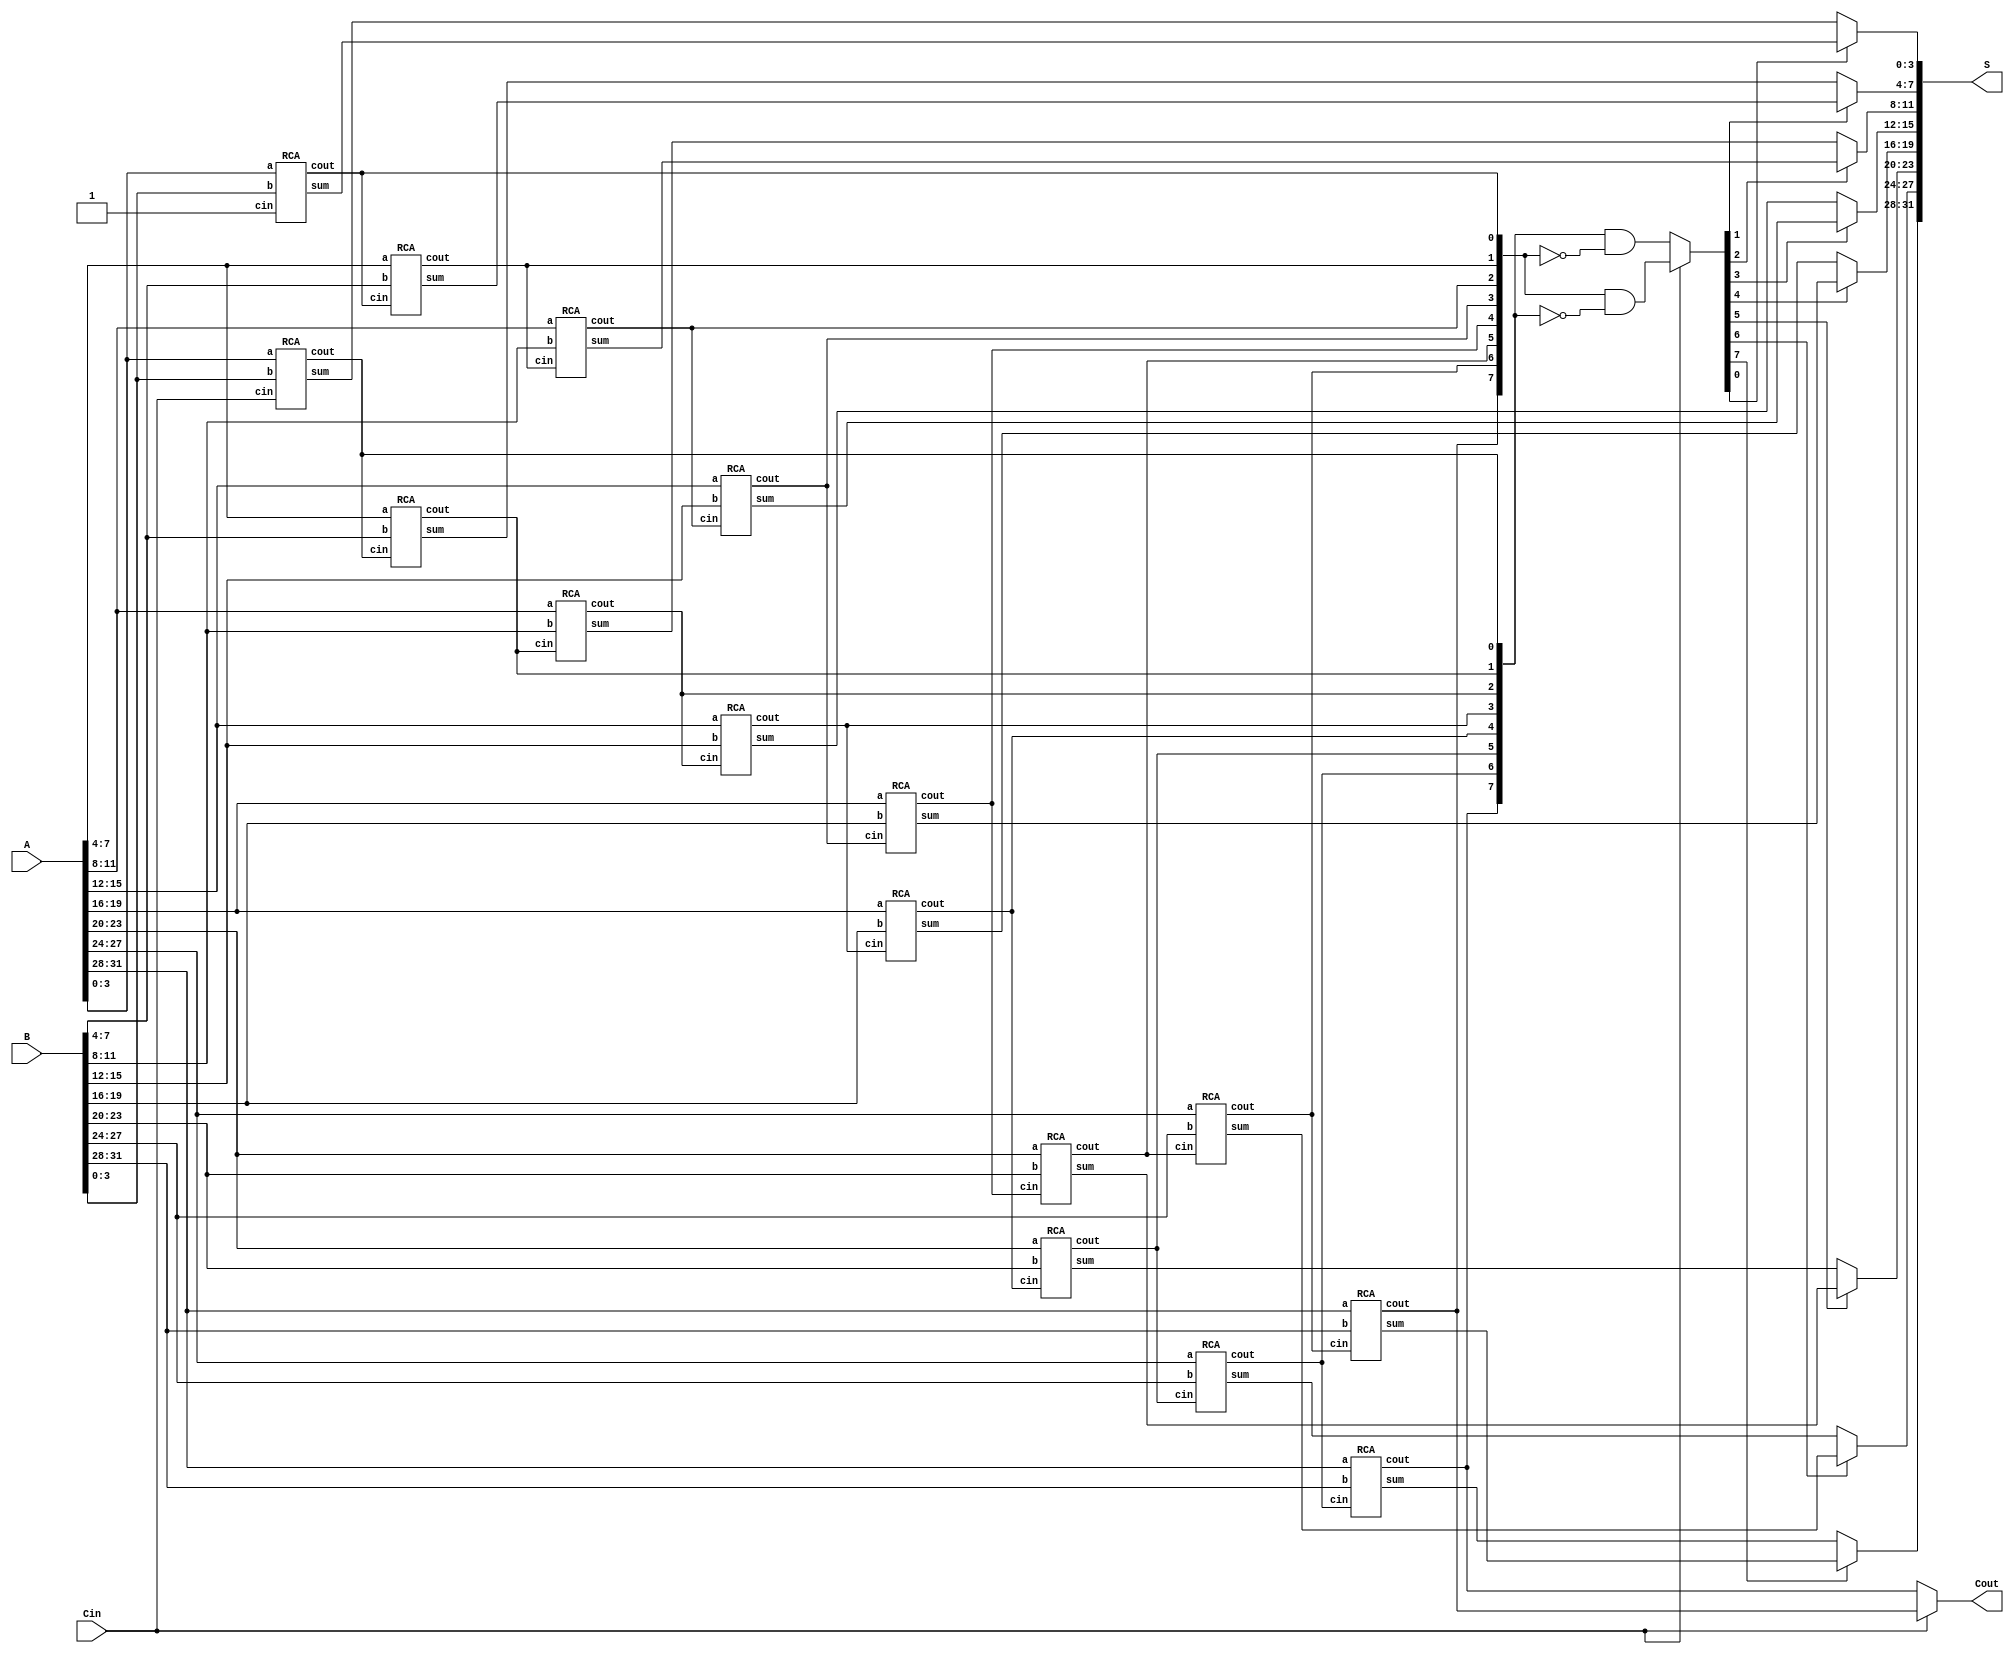
module CSA_ADDER(
  output [31:0] S,
  output Cout,
  input [31:0] A,
  input [31:0] B,
  input Cin // Carry-in
);

  wire [31:0] sum0, sum1; // sum with carry-in = 0 and 1
  wire [15:0] cout0, cout1; // carry-out for sum0 and sum1
  wire [7:0] c; // carry select signal

  // Generate carry for each group of 4 bits
  
  RCA rca0 (.sum(sum0[3:0]), .cout(cout0[0]), .a(A[3:0]), .b(B[3:0]), .cin(Cin));
  RCA rca1 (.sum(sum1[3:0]), .cout(cout1[0]), .a(A[3:0]), .b(B[3:0]), .cin(1'b1));
  genvar i;
  generate
    for (i=1; i<8; i=i+1) begin : carrygen
      RCA rca0 (.sum(sum0[4*i+3:4*i]), .cout(cout0[i]), .a(A[4*i+3:4*i]), .b(B[4*i+3:4*i]), .cin(cout0[i-1]));
      RCA rca1 (.sum(sum1[4*i+3:4*i]), .cout(cout1[i]), .a(A[4*i+3:4*i]), .b(B[4*i+3:4*i]), .cin(cout1[i-1]));
    end
  endgenerate

  // Generate carry select logic with carry-in
  assign c = Cin ? cout1 & ~cout0 : cout0 & ~cout1;
  // Select sum output based on carry-in
  generate
    for (i = 0; i < 8; i = i + 1) begin : sumsel
      assign S[4*i+3:4*i] = (c[i] == 1'b0) ? sum0[4*i+3:4*i] : sum1[4*i+3:4*i];
    end
  endgenerate

  // Generate carry-out
  assign Cout = Cin ? cout1[7] : cout0[7]; // carry-out based on carry-in

endmodule

module RCA(
  output [3:0] sum,
  output cout,
  input [3:0] a,
  input [3:0] b,
  input cin
);

  assign {cout, sum} = a + b + cin;

endmodule